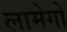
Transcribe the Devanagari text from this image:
लामेगो